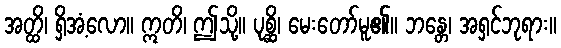
အတ္ထိ၊ ရှိအံ့လော။ ဣတိ၊ ဤသို့။ ပုစ္ဆိ၊ မေးတော်မူ၏။ ဘန္တေ၊ အရှင်ဘုရား။